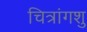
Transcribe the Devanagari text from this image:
चित्रांगशु